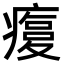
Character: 𤹫